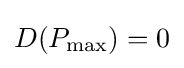
D(P_{\max })=0